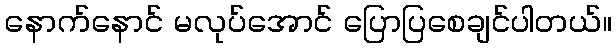
နောက်နောင် မလုပ်အောင် ပြောပြစေချင်ပါတယ်။